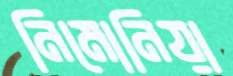
নিমোনিয়া